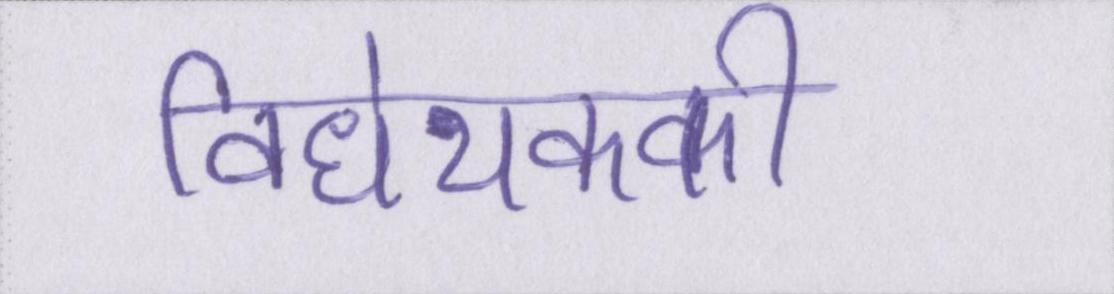
विधेयककी